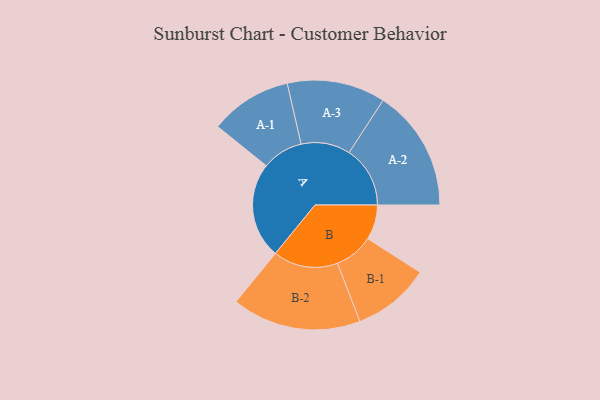
{"axis": {"x": "Segment", "y": "Value"}, "legend": ["", "A", "B"], "data": [{"x": "A", "y": 316, "type": ""}, {"x": "B", "y": 115, "type": ""}, {"x": "A-1", "y": 135, "type": "A"}, {"x": "A-2", "y": 201, "type": "A"}, {"x": "A-3", "y": 162, "type": "A"}, {"x": "B-1", "y": 128, "type": "B"}, {"x": "B-2", "y": 213, "type": "B"}]}